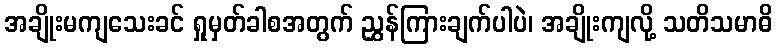
အချိုးမကျသေးခင် ရှုမှတ်ခါစအတွက် ညွှန်ကြားချက်ပါပဲ၊ အချိုးကျလို့ သတိသမာဓိ